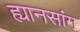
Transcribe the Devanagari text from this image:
ह्यानसांग